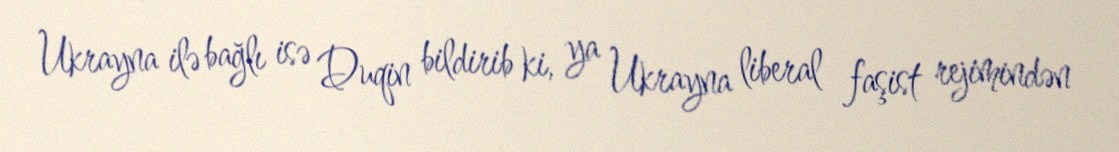
Ukrayna ilə bağlı isə Duqin bildirib ki, ya Ukrayna liberal faşist rejimindən